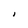
Character: I